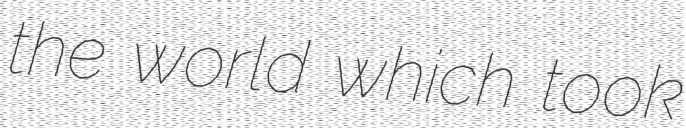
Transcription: the world which took